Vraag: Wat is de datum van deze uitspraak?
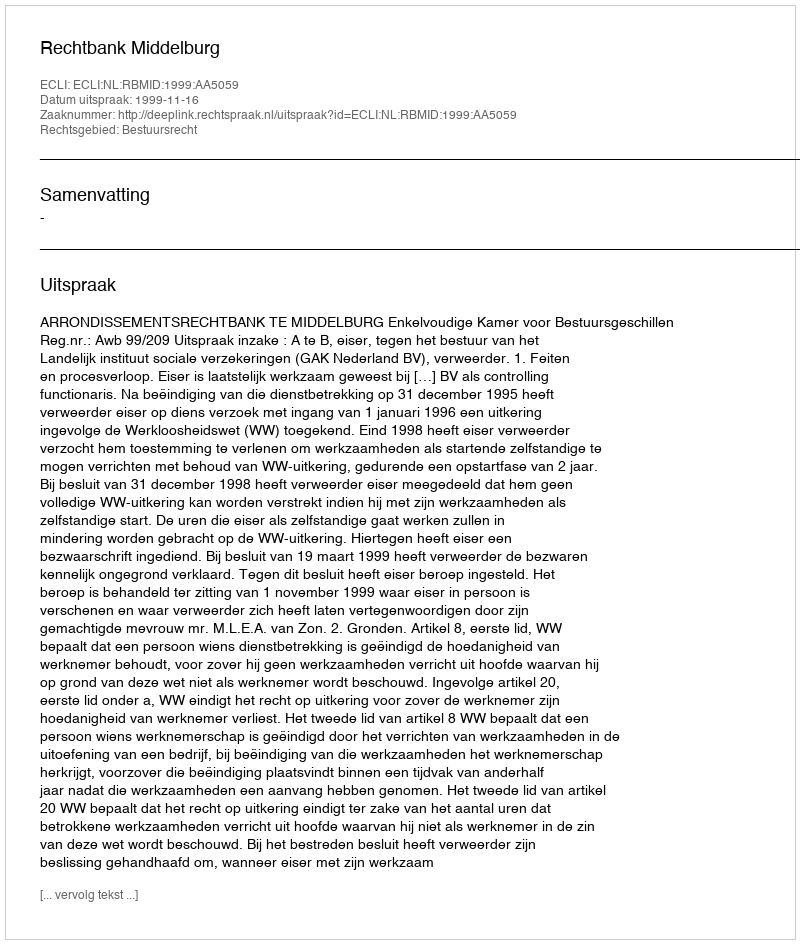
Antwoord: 1999-11-16